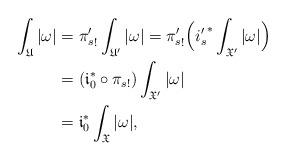
LaTeX: \begin{align*}\int_{\mathfrak U}|\omega|&= {\pi'_s}_!\int_{\mathfrak U'}|\omega|={\pi'_s}_!\Big( {i'_s}^*\int_{\mathfrak X'}|\omega|\Big) \\&=(\mathfrak i_0^*\circ {\pi_s}_!)\int_{\mathfrak X'}|\omega|\\&=\mathfrak i_0^*\int_{\mathfrak X}|\omega|,\end{align*}